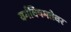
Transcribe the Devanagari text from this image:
वर्गविषमतेवर